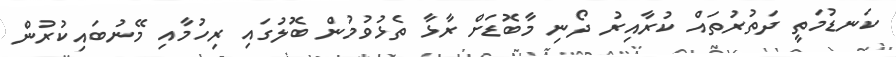
ކަނޑުމަތީ ދަތުރުތައް ކުރާއިރު ދޯނި މާބޮޑަށް ރާޅާ ތެޅުވުމުން ބޮލުގައި ރިހުމާއި މޭނުބައިކުރުން